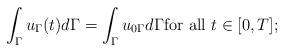
LaTeX: \begin{align*}\int_{\Gamma }^{} u_{\Gamma }(t) d\Gamma = \int_{\Gamma}^{} u_{0\Gamma } d\Gamma\mbox{for all }t \in [0,T];\end{align*}